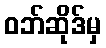
ဝဘ်ဆိုဒ်မှ